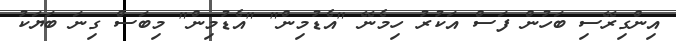
އިންގިރޭސި ބަހުން ފަސް އަކުރު ހިމެނޭ "އެޑުމިން" "އެޑުމިން" މިބަސް ގިނަ ބަޔަކު